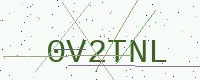
Text: 0V2TNL